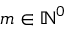
m \in \mathbb { N } ^ { 0 }